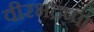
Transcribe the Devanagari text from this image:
वीरभद्रप्पा